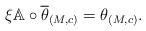
LaTeX: \begin{align*}\xi \mathbb{A}\circ \overline{\theta }_{\left( M,c\right) }=\theta _{\left(M,c\right) }. \end{align*}